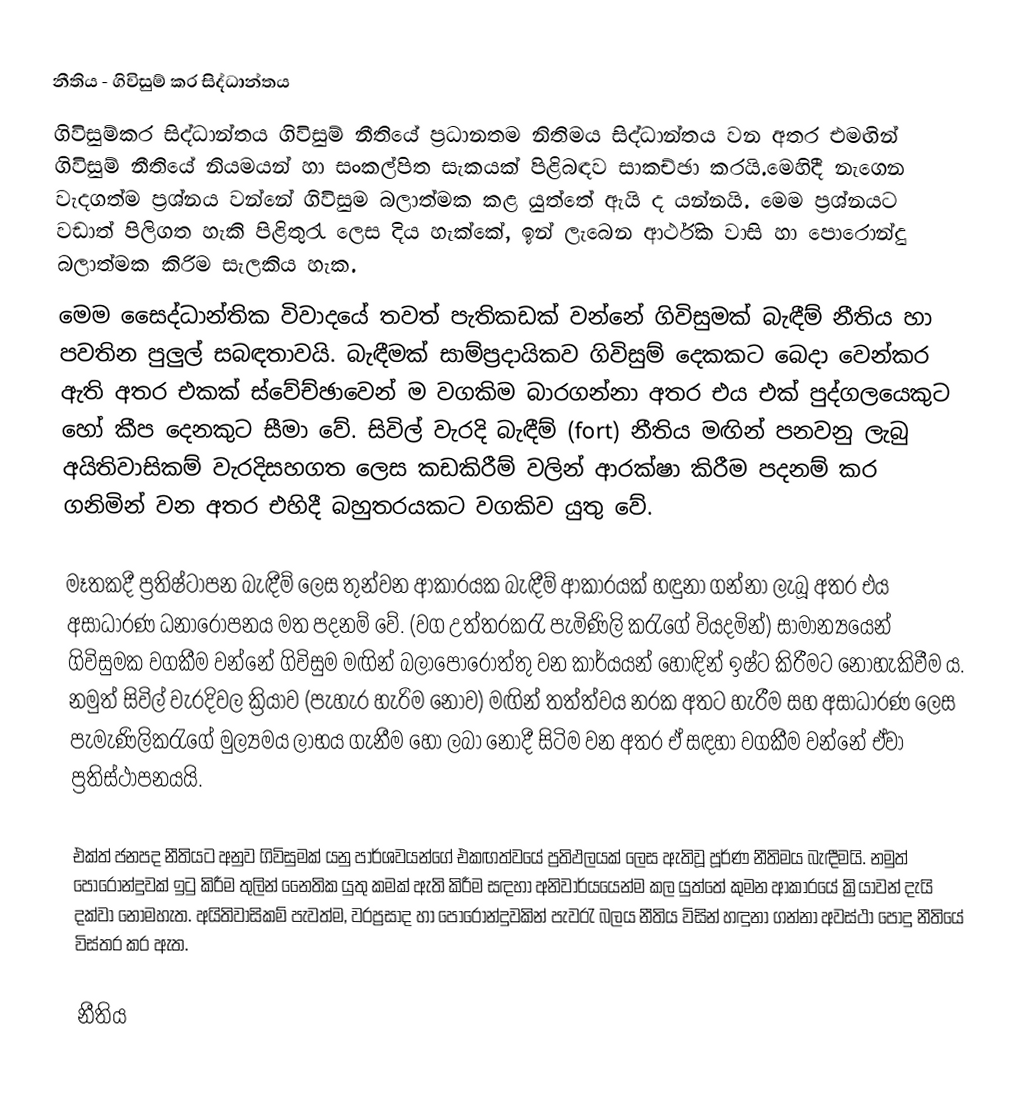
නීතිය - ගිවිසුම් කර සිද්ධාන්තය
ගිවිසුම්කර සිද්ධාන්තය ගිවිසුම් නීතියේ ප්‍රධානතම නිතිමය සිද්ධාන්තය වන අතර එමඟින් ගිවිසුම් නීතියේ නියමයන් හා සංකල්පිත සැකයක් පිළිබඳව සාකච්ඡා කරයි.මෙහිදී නැගෙන වැදගත්ම ප්‍රශ්නය වන්නේ ගිවිසුම බලාත්මක කළ යුත්තේ ඇයි ද යන්නයි. මෙම ප්‍රශ්නයට  වඩාත් පිලිගත හැකි පිළිතුරැ ලෙස දිය හැක්කේ, ඉන් ලැබෙන ආර්ථික වාසි හා පොරොන්දු බලාත්මක කිරිම සැලකිය හැක.
මෙම සෛද්ධාන්තික විවාදයේ තවත් පැතිකඩක් වන්නේ ගිවිසුමක් බැඳීම්  නීතිය හා පවතින පුලුල් සබඳතාවයි. බැඳීමක් සාම්ප්‍රදායිකව ගිවිසුම් දෙකකට බෙදා වෙන්කර ඇති අතර එකක් ස්වේච්ඡාවෙන් ම වගකිම බාරගන්නා අතර එය එක් පුද්ගලයෙකු‍ට  හෝ කීප දෙනකුට සීමා වේ. සිවිල් වැරදි බැඳීම් (fort) නීතිය මඟින් පනවනු ලැබු අයිතිවාසිකම් වැරදිසහගත ලෙස කඩකිරීම් වලින් ආරක්ෂා කිරීම පදනම් කර ගනිමින් වන අතර එහිදී බහුතරයකට වගකිව යුතු වේ.

මෑතකදී ප්‍රතිෂ්ටාපන බැඳීම් ලෙස තුන්වන ආකාරයක බැඳීම් ආකාරයක් හඳුනා ගන්නා ලැබූ අතර එය අසාධාරණ ධනාරෝපනය මත පදනම් වේ. (වග උත්තරකරැ පැමිණිලි කරැගේ වියදමින්) සාමාන්‍යයෙන් ගිවිසුමක වගකීම වන්නේ ගිවිසුම මඟින්  බලාපොරොත්තු  වන කාර්යයන් හොඳින් ඉෂ්ට කිරීමට නොහැකිවීම ය. නමුත් සිවිල් වැරදිවල ක්‍රියාව  (පැහැර හැරිම නොව) මඟින් තත්ත්වය නරක අතට හැරීම සහ අසාධාරණ ලෙස පැමැණිලිකරැගේ මුල්‍යමය ලාභය ගැනීම හෝ ලබා නොදී සිටිම වන අතර ඒ සඳහා වගකීම වන්නේ ඒවා ප්‍රතිස්ථාපනයයි.

එක්ත් ජනපද නීතියට අනුව ගිවිසුමක් යනු පාර්ශවයන්ගේ එකඟත්වයේ ප්‍රතිඵලයක් ලෙස ඇතිවූ පූර්ණ නීතිමය බැඳීමයි. නමුත් පොරොන්දුවක් ඉටු කිරීම තුලින්  නෛතික යුතු කමක් ඇති කිරීම සඳහා අනිවාර්යයෙන්ම කල යුත්තේ කුමන ආකාරයේ ක්‍රියාවන් දැයි දක්වා නොමහැත. අයිතිවාසිකම් පැවත්ම, වරප්‍රසාද හා පොරොන්දුවකින් පැවරැ බලය නීතිය විසින් හඳුනා ගන්නා අවස්ථා පොදු නීතියේ විස්තර කර ඇත.

නීතිය